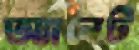
অ্যানেট